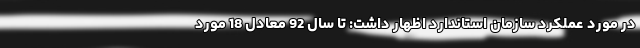
در مورد عملکرد سازمان استاندارد اظهار داشت: تا سال 92 معادل 18 مورد